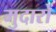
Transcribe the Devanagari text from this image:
मुदारों